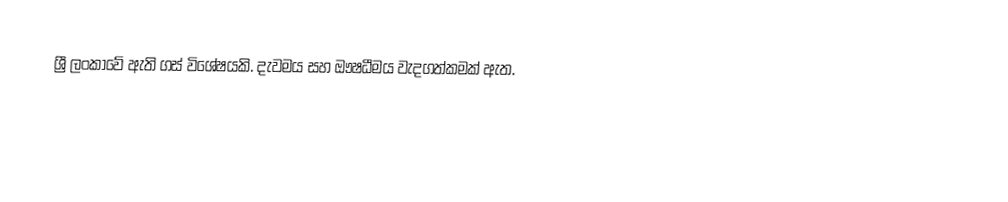
ශ්‍රී ලංකාවේ ඇති ගස් විශේෂයකි. දැවමය සහ ඖෂධීමය වැදගත්කමක් ඇත.